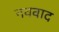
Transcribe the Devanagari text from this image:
नववाद